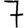
Digit: 7